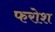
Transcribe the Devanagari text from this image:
फरोश